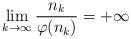
LaTeX: \begin{align*}\lim\limits_{k\rightarrow \infty}\frac{n_k}{\varphi(n_k)}=+\infty\end{align*}